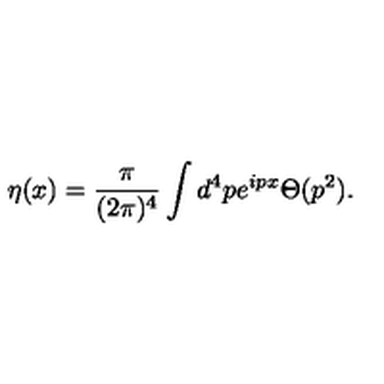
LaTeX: \eta ( x ) = { \frac { \pi } { ( 2 \pi ) ^ { 4 } } } \int d ^ { 4 } p e ^ { i p x } \Theta ( p ^ { 2 } ) . \nonumber